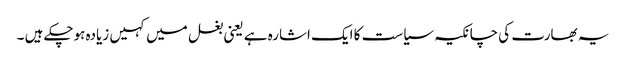
یہ بھارت کی چانکیہ سیاست کا ایک اشارہ ہے یعنی بغل میں کہیں زیادہ ہوچکے ہیں ۔